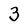
Character: 3